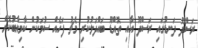
ރަސްދޫ ދަނޑުގައި ރަސްދޫ އާއި ތޮއްޑޫ ބައްދަލުކުރި މެޗު ފަހެއް ސުމަކުން ކާމިޔާބުކޮށް